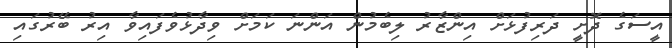
އީސަގެ ދޮށީ ދަރިފުޅަށް އިންޒާރު ލިބެމުން އަންނަ ކަމަށް ވިދާޅުވެފައިވާ އިރު ބޭރުގައި